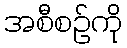
အစီစဉ်ကို